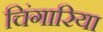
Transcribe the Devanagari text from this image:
चिंगारिया